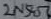
Text: 2N5457